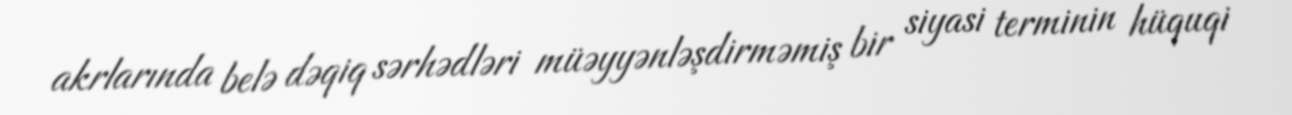
akrlarında belə dəqiq sərhədləri müəyyənləşdirməmiş bir siyasi terminin hüquqi